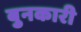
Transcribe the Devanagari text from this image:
बुनकारी